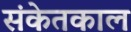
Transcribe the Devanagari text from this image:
संकेतकाल